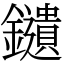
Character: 𨯯